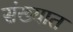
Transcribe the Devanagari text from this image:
संख्यात